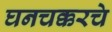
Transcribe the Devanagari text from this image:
घनचक्करचे